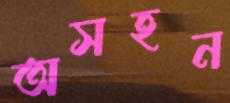
অসহন